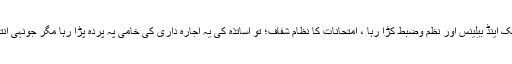
جب تک سکول کی انتظامیہ غیر ملکی تھی چیک اینڈ بیلینس اور نظم وضبط کڑا رہا ، امتحانات کا نظام شفاف؛ تو اساتذہ کی یہ اجارہ داری کی خامی پہ پردہ پڑا رہا مگر جونہی انتظامیہ مقامی ہوئی کچھ نہ پوچھیے کہ کیا ہوا ۔